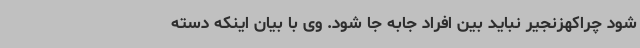
شود چراکهزنجیر نباید بین افراد جابه جا شود. وی با بیان اینکه دسته